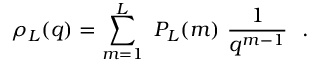
\rho _ { L } ( q ) = \sum _ { m = 1 } ^ { L } \ P _ { L } ( m ) \ { \frac { 1 } { q ^ { m - 1 } } } \ \ .